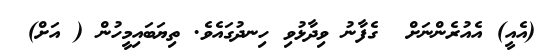
(އެއީ) އެއުރެންނަށް  ގެފާނު ވިދާޅުވި ހިނދުގައެވެ. ތިޔަބައިމީހުން ( އަށް)